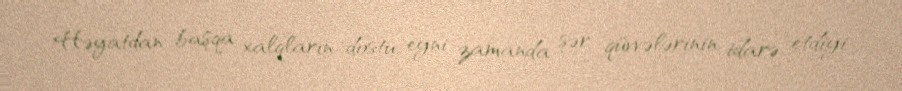
Həyatdan başqa xalqların dostu, eyni zamanda şər qüvvələrinin idarə etdiyi